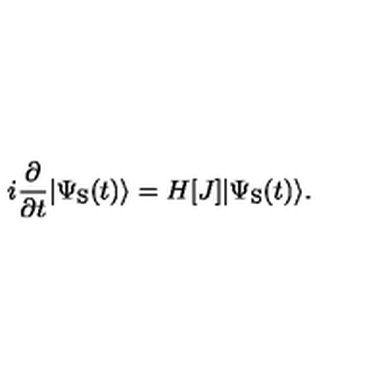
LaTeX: i \frac { \partial } { \partial t } | \Psi _ { \mathrm { S } } ( t ) \rangle = H [ J ] | \Psi _ { \mathrm { S } } ( t ) \rangle .